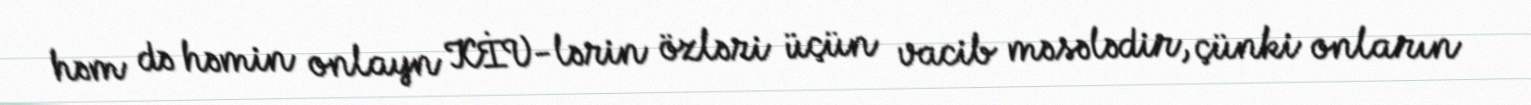
həm də həmin onlayn KİV-lərin özləri üçün vacib məsələdir, çünki onların